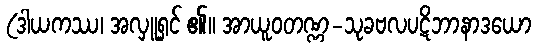
(ဒါယကဿ၊ အလှူရှင် ၏။ အာယူဝတဏ္ဏ-သုခဗလပဋိဘာနာဒယော